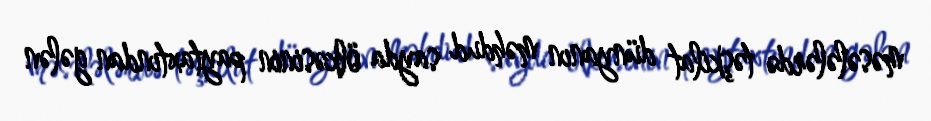
məsələlərdə təşkilat dünyanın məhdud sayda ölkəsinin paytaxtından gələn